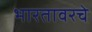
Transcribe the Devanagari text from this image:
भारतावरचे